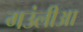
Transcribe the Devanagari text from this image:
गउंलीआ